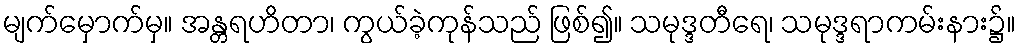
မျက်မှောက်မှ။ အန္တရဟိတာ၊ ကွယ်ခဲ့ကုန်သည် ဖြစ်၍။ သမုဒ္ဒတီရေ၊ သမုဒ္ဒရာကမ်းနား၌။